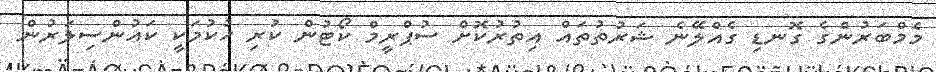
މެމްބަރުންގެ ގޮނޑި ގެއްލޭނެ ޝަރުތުތައް އިތުރުކޮށް ސުޕްރީމް ކޯޓުން ކުރި ހުކުމަކީ ކައުންސިލަރުން